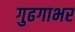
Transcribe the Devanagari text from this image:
गुढगाभर